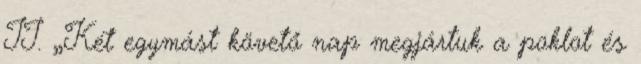
II. „Két egymást követő nap megjártuk a poklot és